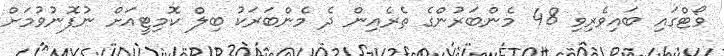
ވޯޓްގައި ބައިވެރިވި 48 މެންބަރުންގެ ތެރެއިން ދެ މެންބަރަކު ބިލް ކޮމިޓީއަށް ނުފޮނުވުމަށް